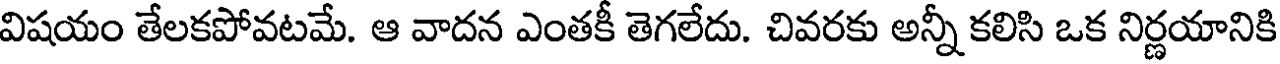
విషయం తేలకపోవటమే. ఆ వాదన ఎంతకీ తెగలేదు. చివరకు అన్నీ కలిసి ఒక నిర్ణయానికి